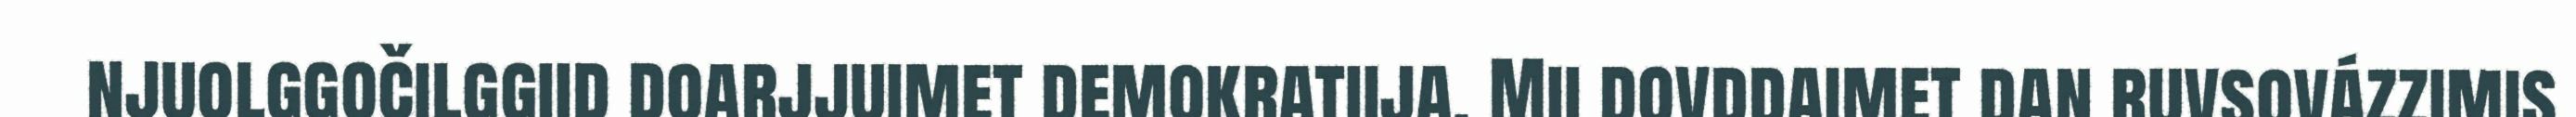
njuolggočilggiid doarjjuimet demokratiija. Mii dovddaimet dan ruvsovázzimis